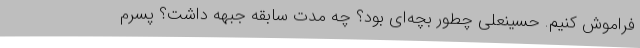
فراموش کنیم. حسینعلی چطور بچه‌ای بود؟ چه مدت سابقه جبهه داشت؟ پسرم